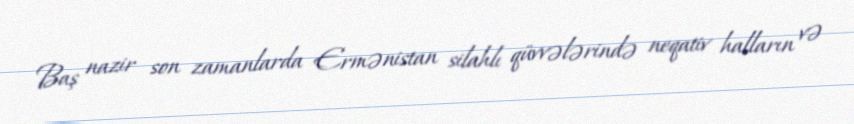
Baş nazir son zamanlarda Ermənistan silahlı qüvvələrində neqativ halların və